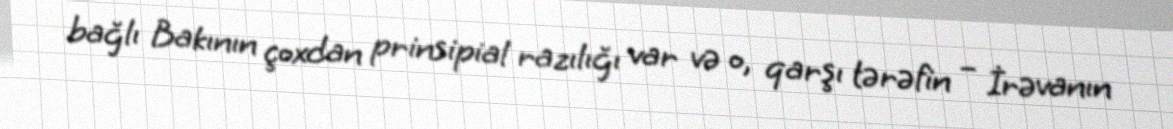
bağlı Bakının çoxdan prinsipial razılığı var və o, qarşı tərəfin – İrəvanın